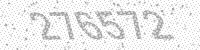
Solution: 276572